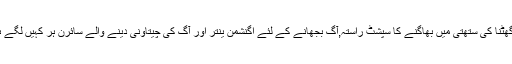
درگھٹنا کی ستھتی میں بھاگنے کا سپشٹ راستہ,آگ بجھانے کے لئے اگنشمن ینتر اور آگ کی چیتاونی دینے والے سائرن ہر کہیں لگے ہیں۔